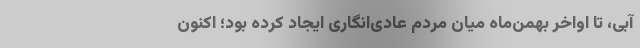
آبی، تا اواخر بهمن‌ماه میان مردم عادی‌انگاری ایجاد کرده بود؛ اکنون